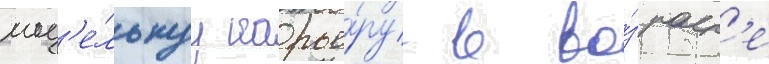
мод'е́льнуу карье́ру в во́зраст'е